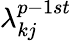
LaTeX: \lambda_{kj}^{p-1st}